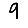
Digit: 9